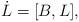
LaTeX: \begin{align*}\begin{aligned}\dot{L} &= [B, L],\end{aligned}\end{align*}